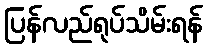
ပြန်လည်ရုပ်သိမ်းရန်